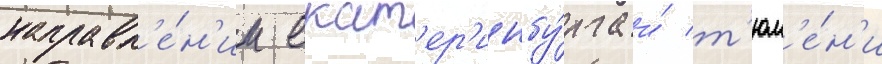
направл'е́н'ии екат'ер'инбу́рга и́ т'юм'е́н'и